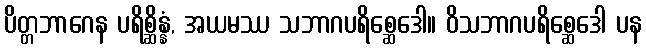
ပိတ္တဘာဂေန ပရိစ္ဆိန္နံ, အယမဿ သဘာဂပရိစ္ဆေဒေါ။ ဝိသဘာဂပရိစ္ဆေဒေါ ပန